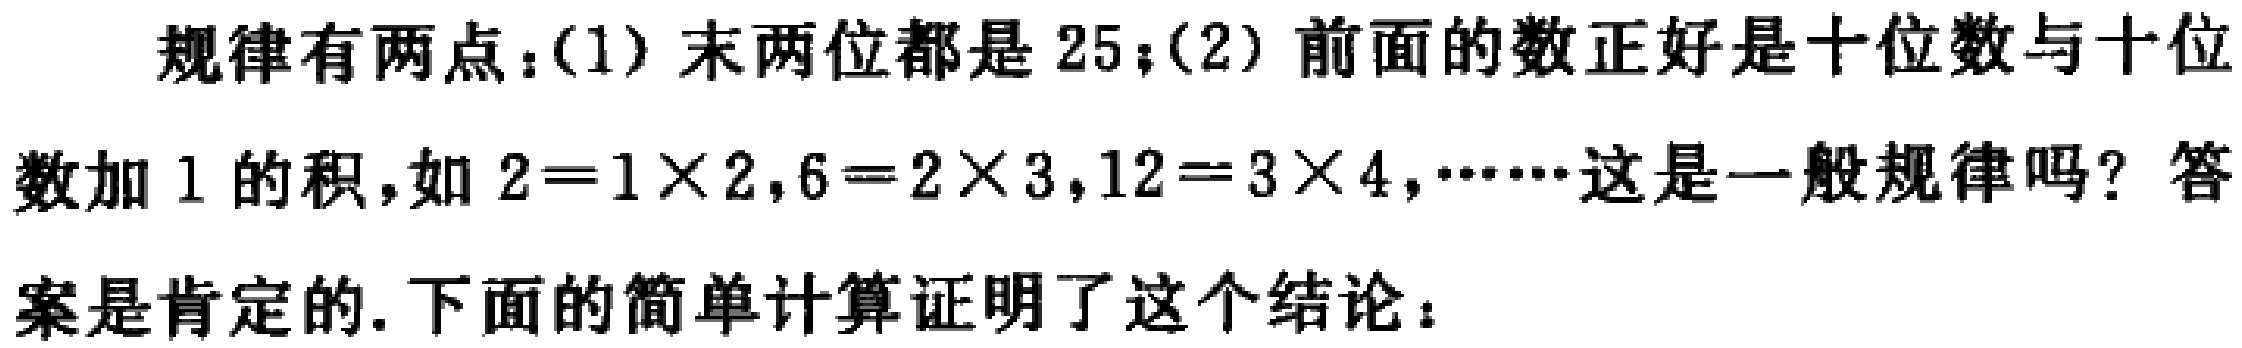
规律有两点：(1) 末两位都是 25；(2) 前面的数正好是十位数与十位数加 1 的积，如 \(2 = 1\times2\)，\(6 = 2\times3\)，\(12 = 3\times4\)，……这是一般规律吗？答案是肯定的. 下面的简单计算证明了这个结论：